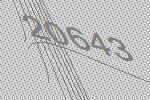
20643